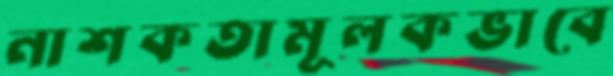
নাশকতামূলকভাবে